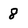
Character: 8